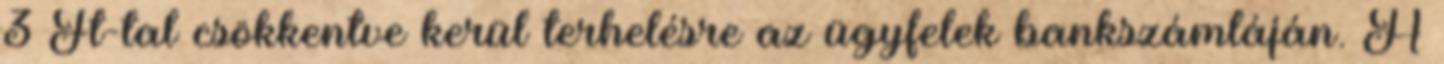
3 Ft-tal csökkentve kerül terhelésre az ügyfelek bankszámláján. A